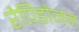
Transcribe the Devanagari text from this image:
रैपिडोजन